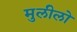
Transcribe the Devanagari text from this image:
मुलीलो